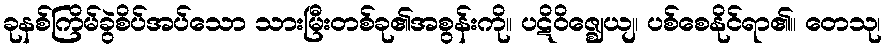
ခုနစ်ကြိမ်ခွဲစိပ်အပ်သော သားမြီးတစ်ခု၏အစွန်းကို။ ပဋိဝိဇ္ဈေယျ၊ ပစ်စေနိုင်ရာ၏။ တေသု၊